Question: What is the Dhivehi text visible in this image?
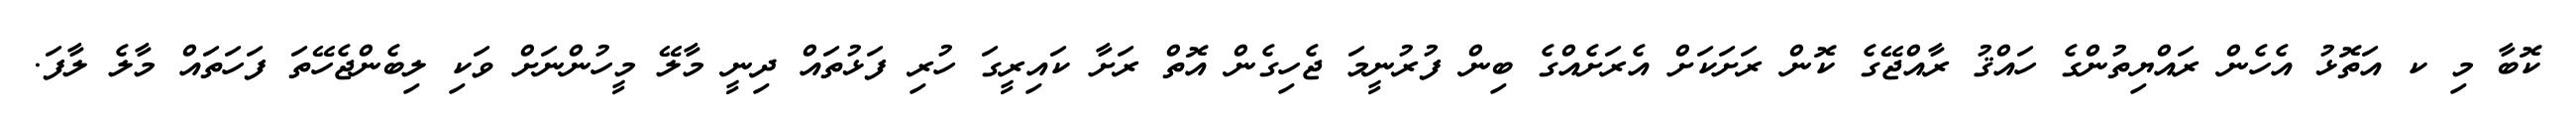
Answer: ކޮބާ މި ކ އަތޮޅު އެހެން ރައްޔިތުންގެ ހައްޤު ރާއްޖޭގެ ކޮން ރަށަކަށް އެރަށެއްގެ ބިން ފުރުނީމަ ޖެހިގެން އޮތް ރަށާ ކައިރީގަ ހުރި ފަޅުތައް ދިނީ މާލޭ މީހުންނަށް ވަކި ލިބެންޖެހޭތަ ފަހަތައް މާލެ ލާފަ.